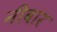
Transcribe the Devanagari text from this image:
नीबार